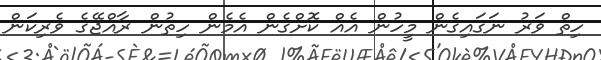
ހިތް ވަރު ނަގައިގެން މީހުން އެއް ކޮށްގެން އެމެން ހިތުން ރާއްޖޭގެ ވެރިކަން